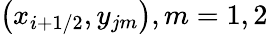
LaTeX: \left({{x}_{i+1/2}},{{y}_{jm}}\right),m=1,2